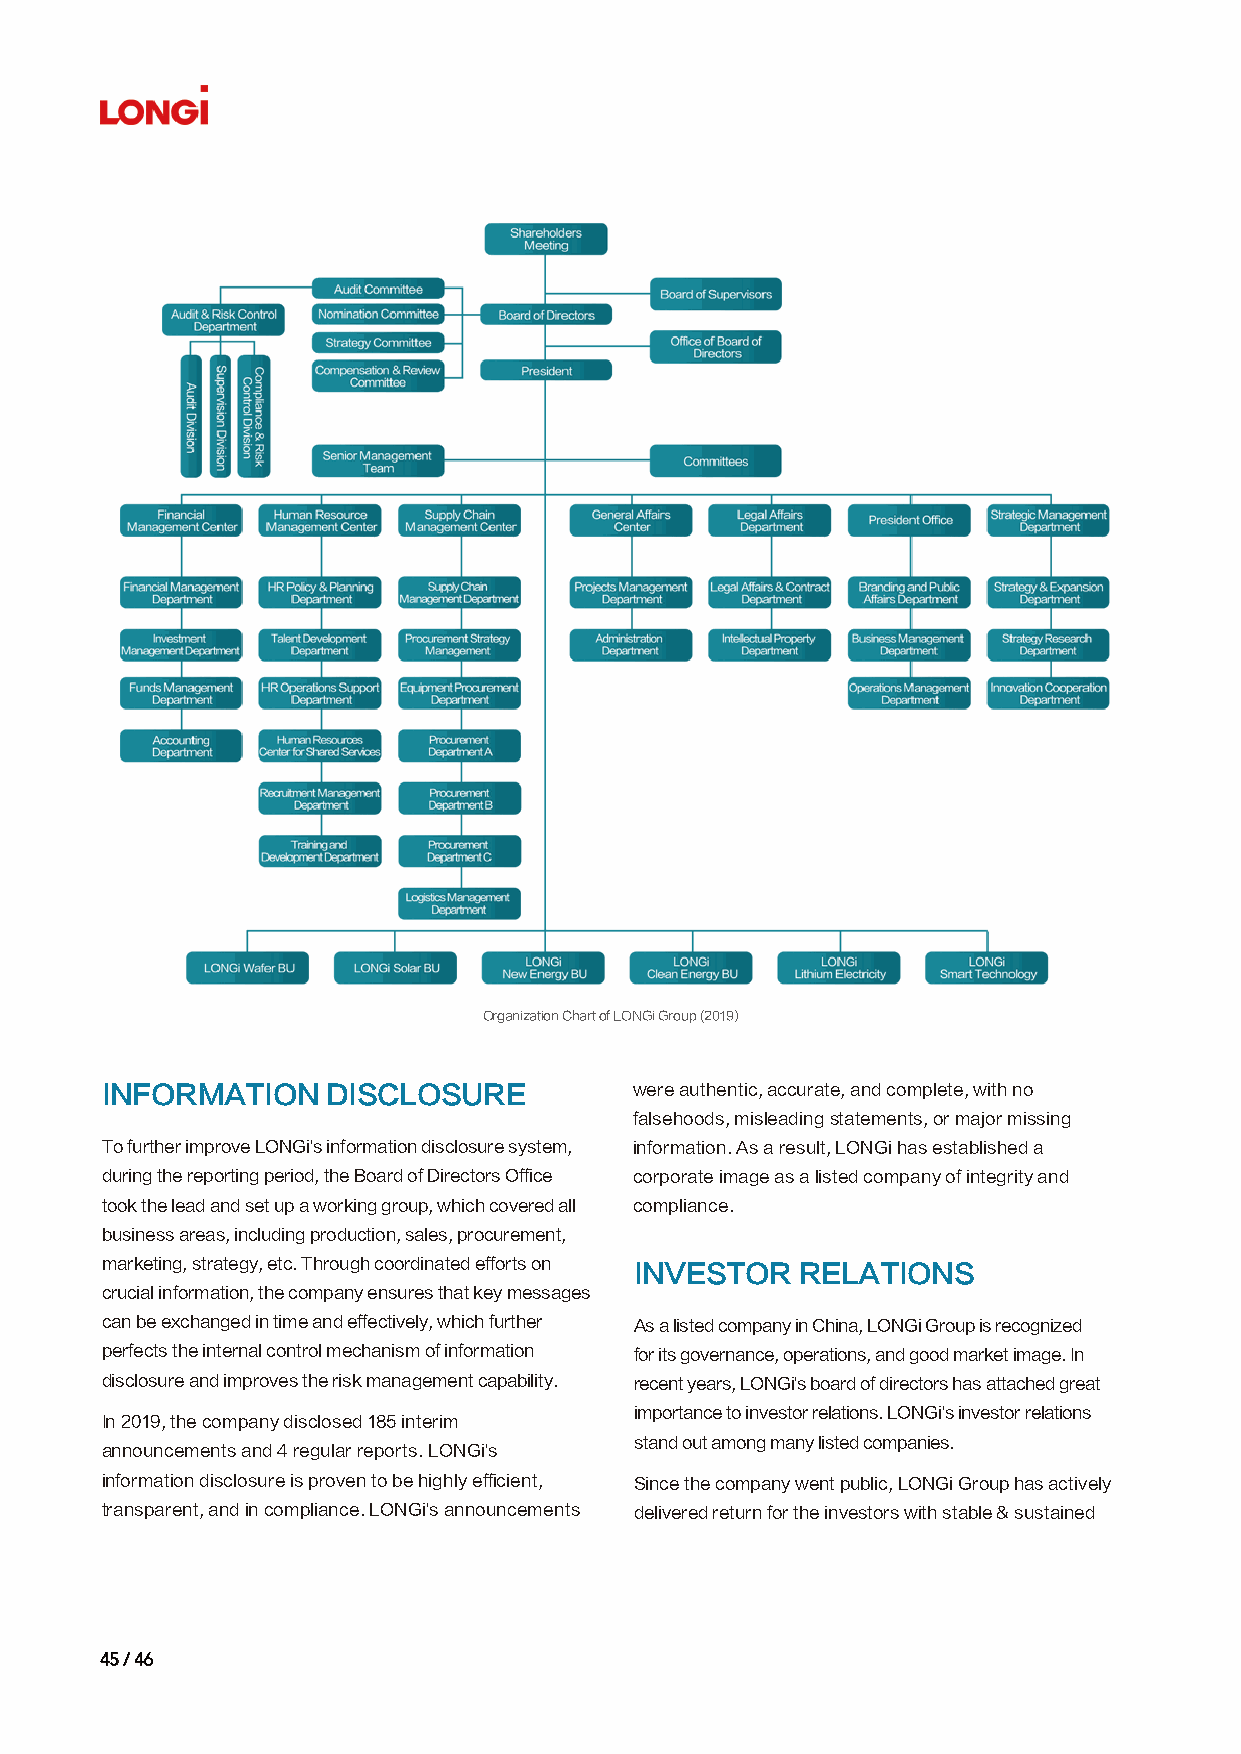
Organization Chart of LONGi Group (2019)
 INFORMATION    DISCLOSURE          were authentic, accurate, and complete, with no
 falsehoods, misleading statements, or major missing
 To further improve LONGi's information disclosure system, information. As a result, LONGi has established a
 during the reporting period, the Board of Directors Office corporate image as a listed company of integrity and
 took the lead and set up a working group, which covered all compliance.
 business areas, including production, sales, procurement,
 marketing, strategy, etc. Through coordinated efforts on INVESTOR RELATIONS
 crucial information, the company ensures that key messages
 can be exchanged in time and effectively, which further As a listed company in China, LONGi Group is recognized
 perfects the internal control mechanism of information for its governance, operations, and good market image. In
 disclosure and improves the risk management capability. recent years, LONGi's board of directors has attached great
 importance to investor relations. LONGi's investor relations
 In 2019, the company disclosed 185 interim
 stand out among many listed companies.
 announcements and 4 regular reports. LONGi's
 information disclosure is proven to be highly efficient, Since the company went public, LONGi Group has actively
 transparent, and in compliance. LONGi's announcements delivered return for the investors with stable & sustained
 4455 // 4466